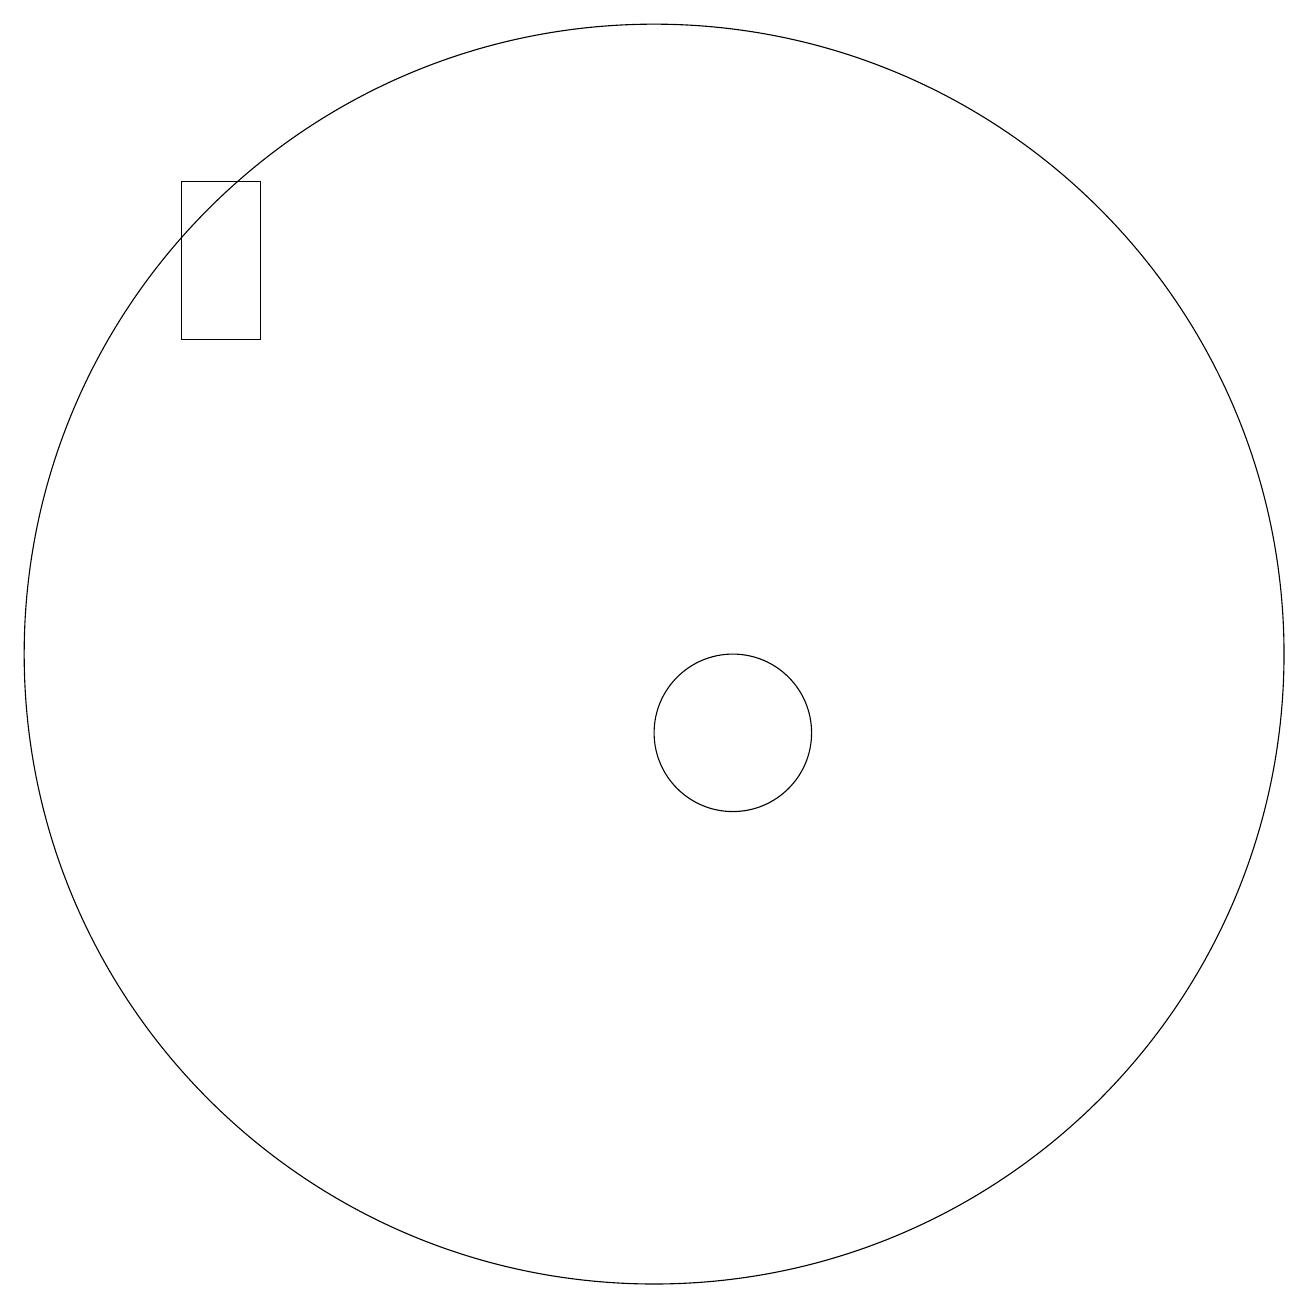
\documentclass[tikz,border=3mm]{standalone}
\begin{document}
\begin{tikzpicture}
\draw (11,10) circle (1);
\draw (10,11) circle (8);
\draw (5,17) rectangle (4,15);
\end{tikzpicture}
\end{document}